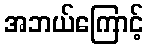
အဘယ်ကြောင့်